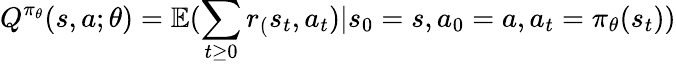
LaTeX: Q^{\pi_{\theta}}(s,a;\theta)=\mathbb{E}(\sum_{t\ge 0}r_{(}s_{t},a_{t})|s_{0}=s,a_{0}=a,a_{t}=\pi_{\theta}(s_{t}))